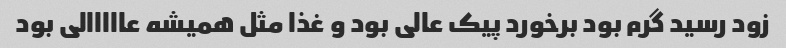
زود رسید گرم بود برخورد پیک عالی بود و غذا مثل همیشه عااااالی بود